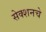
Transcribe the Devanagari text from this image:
सेक्शनचे